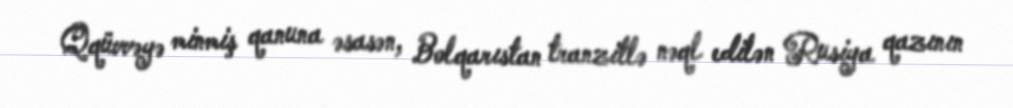
Qqüvvəyə minmiş qanuna əsasən, Bolqarıstan tranzitlə nəql edilən Rusiya qazının